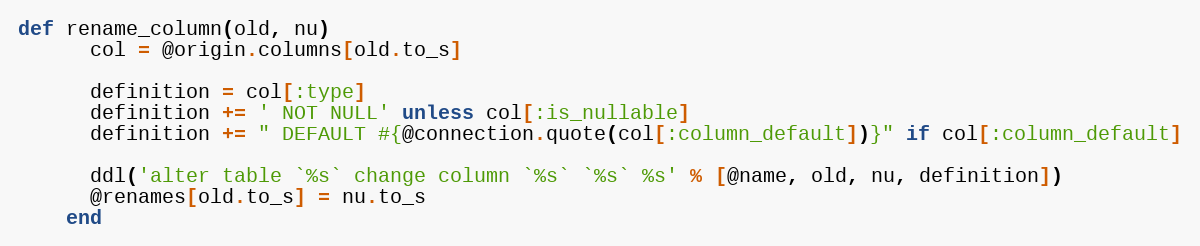
Language: Ruby
def rename_column(old, nu)
      col = @origin.columns[old.to_s]

      definition = col[:type]
      definition += ' NOT NULL' unless col[:is_nullable]
      definition += " DEFAULT #{@connection.quote(col[:column_default])}" if col[:column_default]

      ddl('alter table `%s` change column `%s` `%s` %s' % [@name, old, nu, definition])
      @renames[old.to_s] = nu.to_s
    end